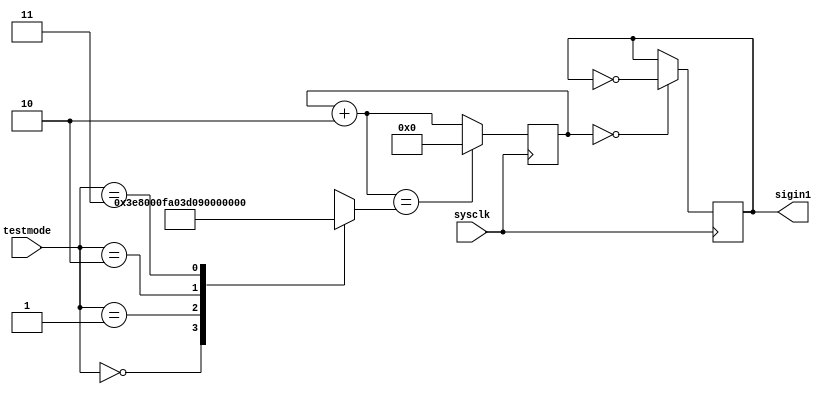
module signalinput(
    input [1:0] testmode,  
    input sysclk,  
    output sigin1  
);
reg [20:0] state;
reg [20:0] divide;
reg sigin;
assign sigin1 = sigin;
initial
begin
    sigin = 0;
    state = 21'b000000000000000000000;
    divide = 21'b0_0000_0111_1101_0000_0000;
end
always @(testmode)
begin
    case(testmode[1:0])
    2'b00: divide = 21'b0_0000_0111_1101_0000_0000;  
    2'b01: divide = 21'b0_0000_0011_1110_1000_0000;  
    2'b10: divide = 21'b1_1110_1000_0100_1000_0000;  
    2'b11: divide = 21'b0_0000_0001_1111_0100_0000;  
    endcase
end
always @(posedge sysclk)  
begin
    if(state == 0)
        sigin = ~sigin;
    state = state + 21'd2;
    if(state == divide)
        state = 0;
end
endmodule